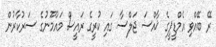
ރޭ ބޭއްވި އެމްޑީޕީގެ ޚާއްސަ ޖަލްސާ ގައި ކުރީގެ ރައީސް މައުމޫނުގެ ސަރުކާރުން